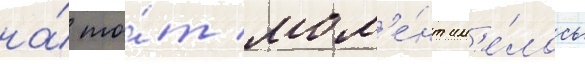
на́ то́т мом'е́нт им'е́лось